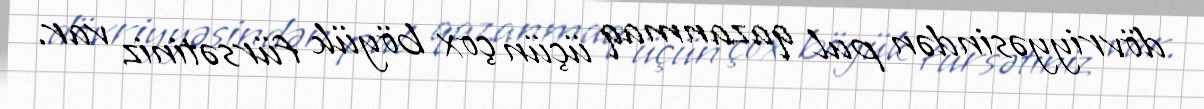
dövriyyəsindən pul qazanmaq üçün çox böyük fürsətiniz var.